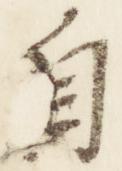
自